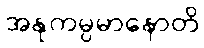
အနုကမ္ပမာနောတိ